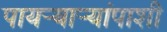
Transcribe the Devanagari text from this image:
पायर्‍यार्‍यांपाशी